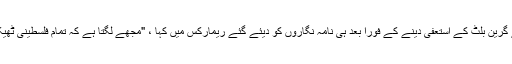
عشراوی نے گرین بلٹ کے استعفیٰ دینے کے فورا بعد ہی نامہ نگاروں کو دیئے گئے ریمارکس میں کہا ، "مجھے لگتا ہے کہ تمام فلسطینی ٹھیک کہیں گے۔